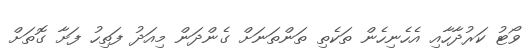
ވޯޓު ކަރުދާހާއި އެހެނިހެން ތަކެތި ތަންތަނަށް ގެންދަން މިއަދު ފަތިހު ފަށާ ގޮތަށް